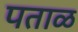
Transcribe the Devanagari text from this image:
पताळ